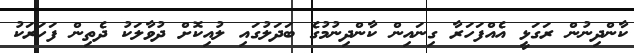
ކާންދިނުން ރަގަޅީ އެއްފަހަރާ ގިނައިން ކާންދިނުމުގެ ބަދަލުގައި ލުއިކޮށް ދުވާލަކު ދެތިން ފަހަރަކު